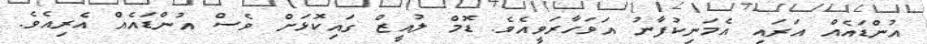
އުންޑައެއް އަރައި އެމަނިކުފާނު އަވަހާރަވީއެވެ. ޑޮމް ލުއީޒް ގައިކޮޅަށް ވެސް އުންޑައެއް އެރިއެވެ.